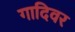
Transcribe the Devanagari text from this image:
गादिवर